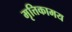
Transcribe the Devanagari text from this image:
मृत्तिकामय